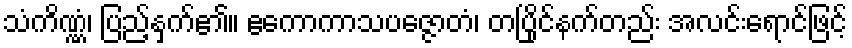
သံကိဏ္ဏံ၊ ပြည့်နှက်၏။ ဧကောကာသပဇ္ဇောတံ၊ တပြိုင်နက်တည်း အလင်းရောင်ဖြင့်